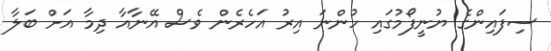
ސިފައިންގެ ޔުނީފޯމުގައި ހުންނަ އިރު އަހެރެން ވެސް އޭނާއާ ދިމާ އަށް ބަލާ